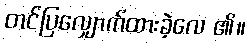
တင်ပြလျှောက်ထားခဲ့လေ ၏။